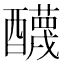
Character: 𨣱